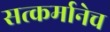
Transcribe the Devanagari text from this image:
सत्कर्मानेच